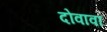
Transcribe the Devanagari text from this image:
दोवावा